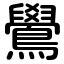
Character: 鷽